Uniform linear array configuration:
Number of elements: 12
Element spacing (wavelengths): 0.25
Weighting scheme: blackman
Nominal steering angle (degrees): -30
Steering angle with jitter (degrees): -31.184
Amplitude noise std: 0.05
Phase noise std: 0.05

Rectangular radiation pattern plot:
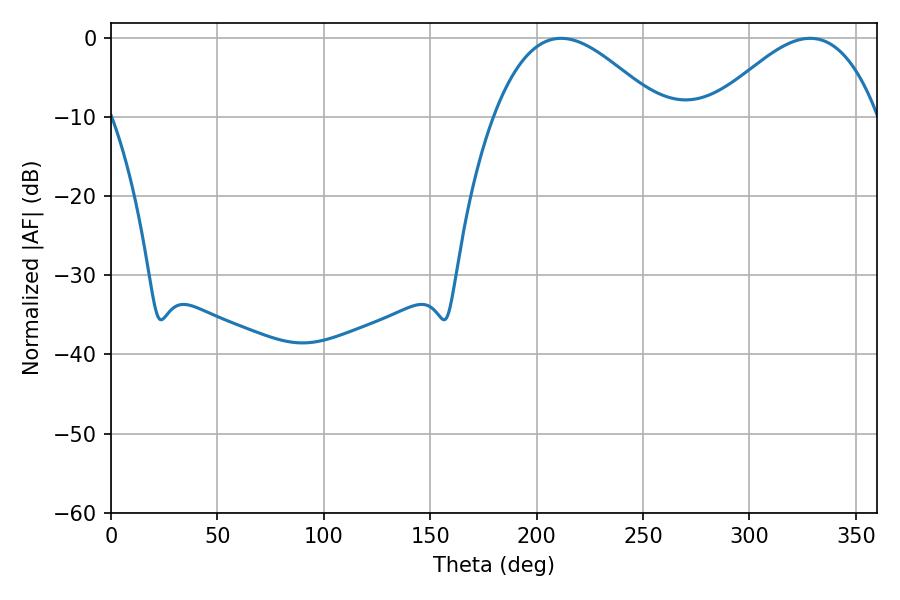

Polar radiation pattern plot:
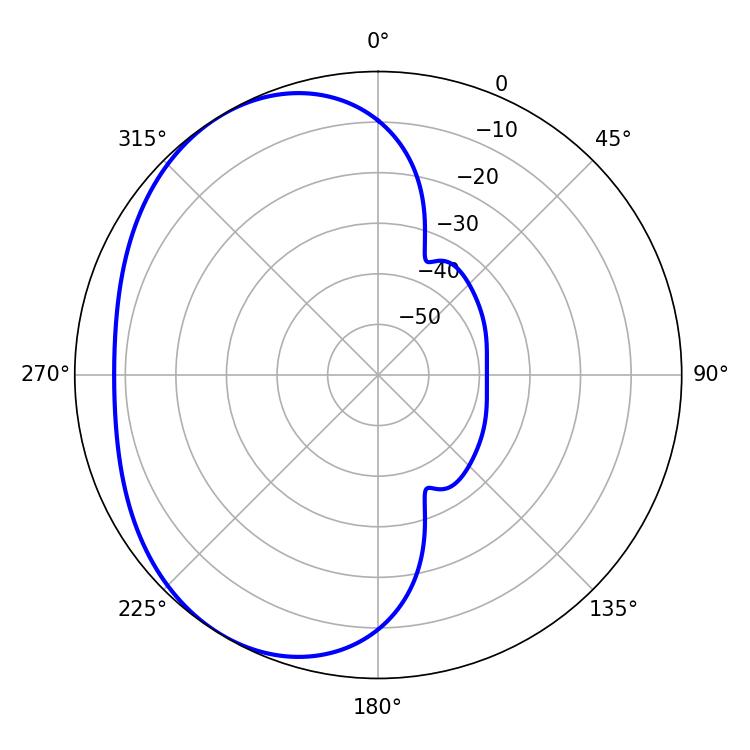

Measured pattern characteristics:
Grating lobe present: FALSE
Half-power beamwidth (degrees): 42.48
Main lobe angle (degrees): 328.5